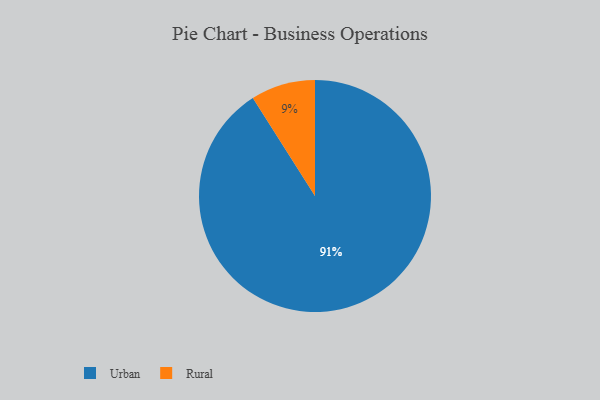
{"axis": {"x": "Category", "y": "Percentage"}, "legend": ["Rural", "Urban"], "data": [{"x": "Rural", "y": 9, "type": "Rural"}, {"x": "Urban", "y": 91, "type": "Urban"}]}